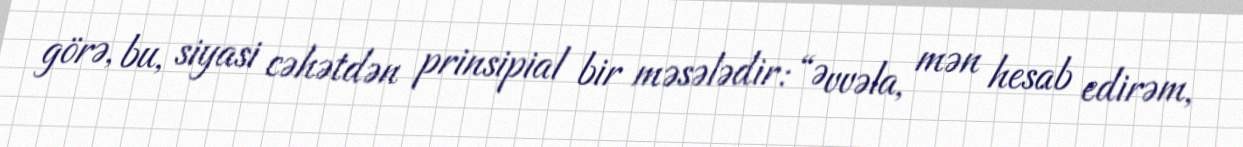
görə, bu, siyasi cəhətdən prinsipial bir məsələdir: “Əvvəla, mən hesab edirəm,